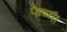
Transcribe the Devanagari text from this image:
फेण्या